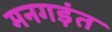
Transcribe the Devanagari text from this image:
मनगड़ंत